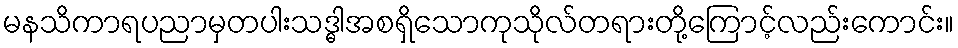
မနသိကာရပညာမှတပါးသဒ္ဓါအစရှိသောကုသိုလ်တရားတို့ကြောင့်လည်းကောင်း။